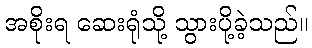
အစိုးရ ဆေးရုံသို့ သွားပို့ခဲ့သည်။